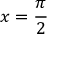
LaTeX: x = { \frac { \pi } { 2 } }